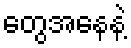
တွေအနေနဲ့